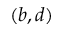
( b , d )